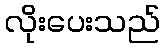
လိုးပေးသည်